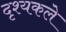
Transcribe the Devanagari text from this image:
दृश्यकले